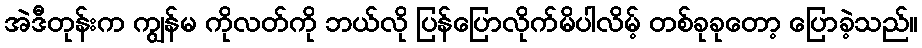
အဲဒီတုန်းက ကျွန်မ ကိုလတ်ကို ဘယ်လို ပြန်ပြောလိုက်မိပါလိမ့် တစ်ခုခုတော့ ပြောခဲ့သည်။